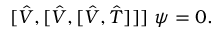
[ \hat { V } , [ \hat { V } , [ \hat { V } , \hat { T } ] ] ] \ \psi = 0 .